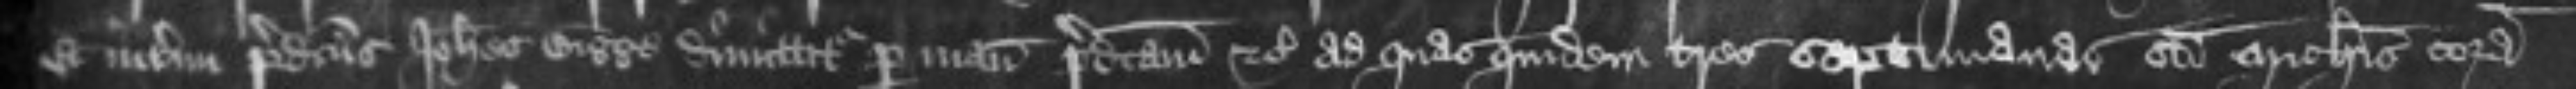
Et interim predictus Johannes Bigge dimittitur per manum predictam etc ad quas quidem tres septimanas sancti Michaelis coram